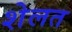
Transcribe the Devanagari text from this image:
शेलत